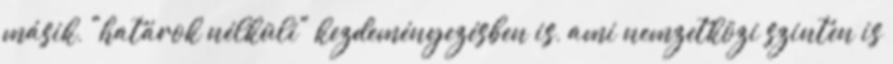
másik, "határok nélküli" kezdeményezésben is, ami nemzetközi szinten is